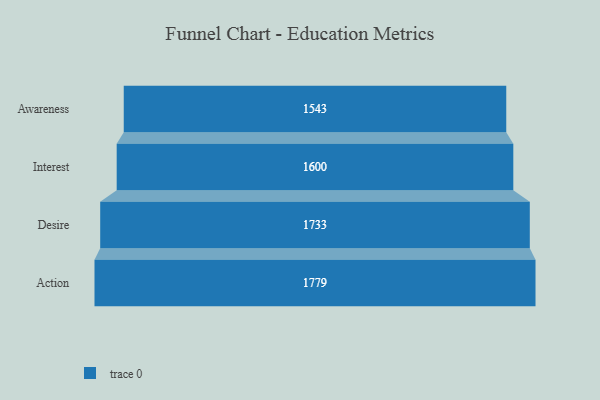
{"axis": {"x": "Stage", "y": "Value"}, "legend": [""], "data": [{"x": "Awareness", "y": 1543.0, "type": ""}, {"x": "Interest", "y": 1600.0, "type": ""}, {"x": "Desire", "y": 1733.0, "type": ""}, {"x": "Action", "y": 1779.0, "type": ""}]}